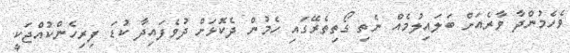
ވެހެމުންދާ ވާރެއަށް ބަލައިލުމެއް ނެތި ގޯތިތެރޭގައި ހެމުން ދެކޮޅަށް ދުވެފައިދާ ކުޑަ ފިރިހެންކުއްޖަކީ